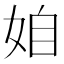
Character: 𡜍